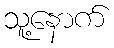
သူ့နောက်